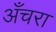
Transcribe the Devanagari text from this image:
अँचरा